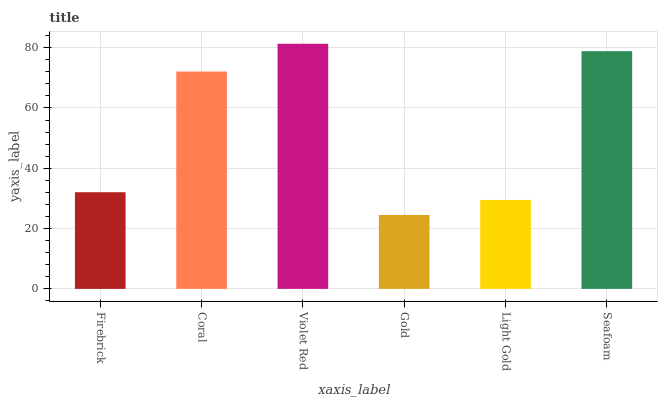
| xaxis_label | bars |
 | --- | --- |
 | Firebrick | 32.1 |
 | Coral | 72.1 |
 | Violet Red | 81.3 |
 | Gold | 24.5 |
 | Light Gold | 29.5 |
 | Seafoam | 78.8 |